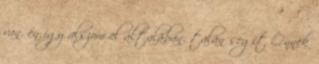
van. én így alszom el általában. talán segít Önnek